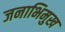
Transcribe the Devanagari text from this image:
जनाभिमुख